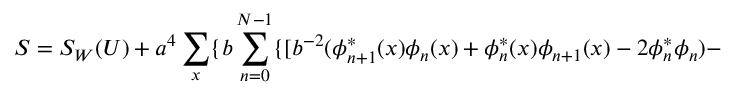
S = S _ { W } ( U ) + a ^ { 4 } \sum _ { x } \{ b \sum _ { n = 0 } ^ { N - 1 } \{ [ b ^ { - 2 } ( \phi _ { n + 1 } ^ { * } ( x ) \phi _ { n } ( x ) + \phi _ { n } ^ { * } ( x ) \phi _ { n + 1 } ( x ) - 2 \phi _ { n } ^ { * } \phi _ { n } ) -